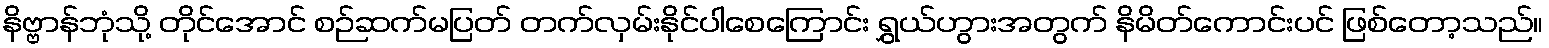
နိဗ္ဗာန်ဘုံသို့ တိုင်အောင် စဉ်ဆက်မပြတ် တက်လှမ်းနိုင်ပါစေကြောင်း ရွှယ်ဟွားအတွက် နိမိတ်ကောင်းပင် ဖြစ်တော့သည်။